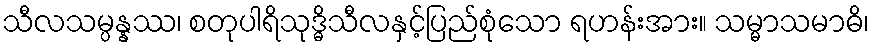
သီလသမ္ပန္နဿ၊ စတုပါရိသုဒ္ဓိသီလနှင့်ပြည်စုံသော ရဟန်းအား။ သမ္မာသမာဓိ၊